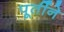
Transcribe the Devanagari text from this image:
पूर्तीने